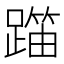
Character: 𬧍